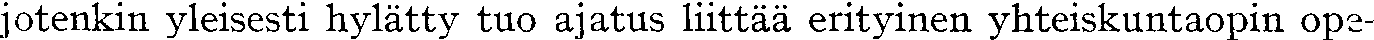
jotenkin yleisesti hylätty tuo ajatus liittää erityinen yhteiskuntaopin ope-